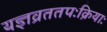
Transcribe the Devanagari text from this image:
यज्ञव्रततपःक्रियाः